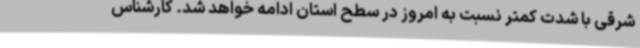
شرقی با شدت کمتر نسبت به امروز در سطح استان ادامه خواهد شد. کارشناس